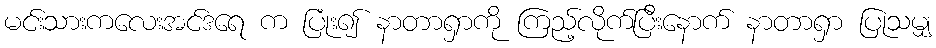
မင်းသားကလေးအင်ဒရေ က ပြုံး၍ နာတာရှာကို ကြည့်လိုက်ပြီးနောက် နာတာရှာ ပြုသမျှ